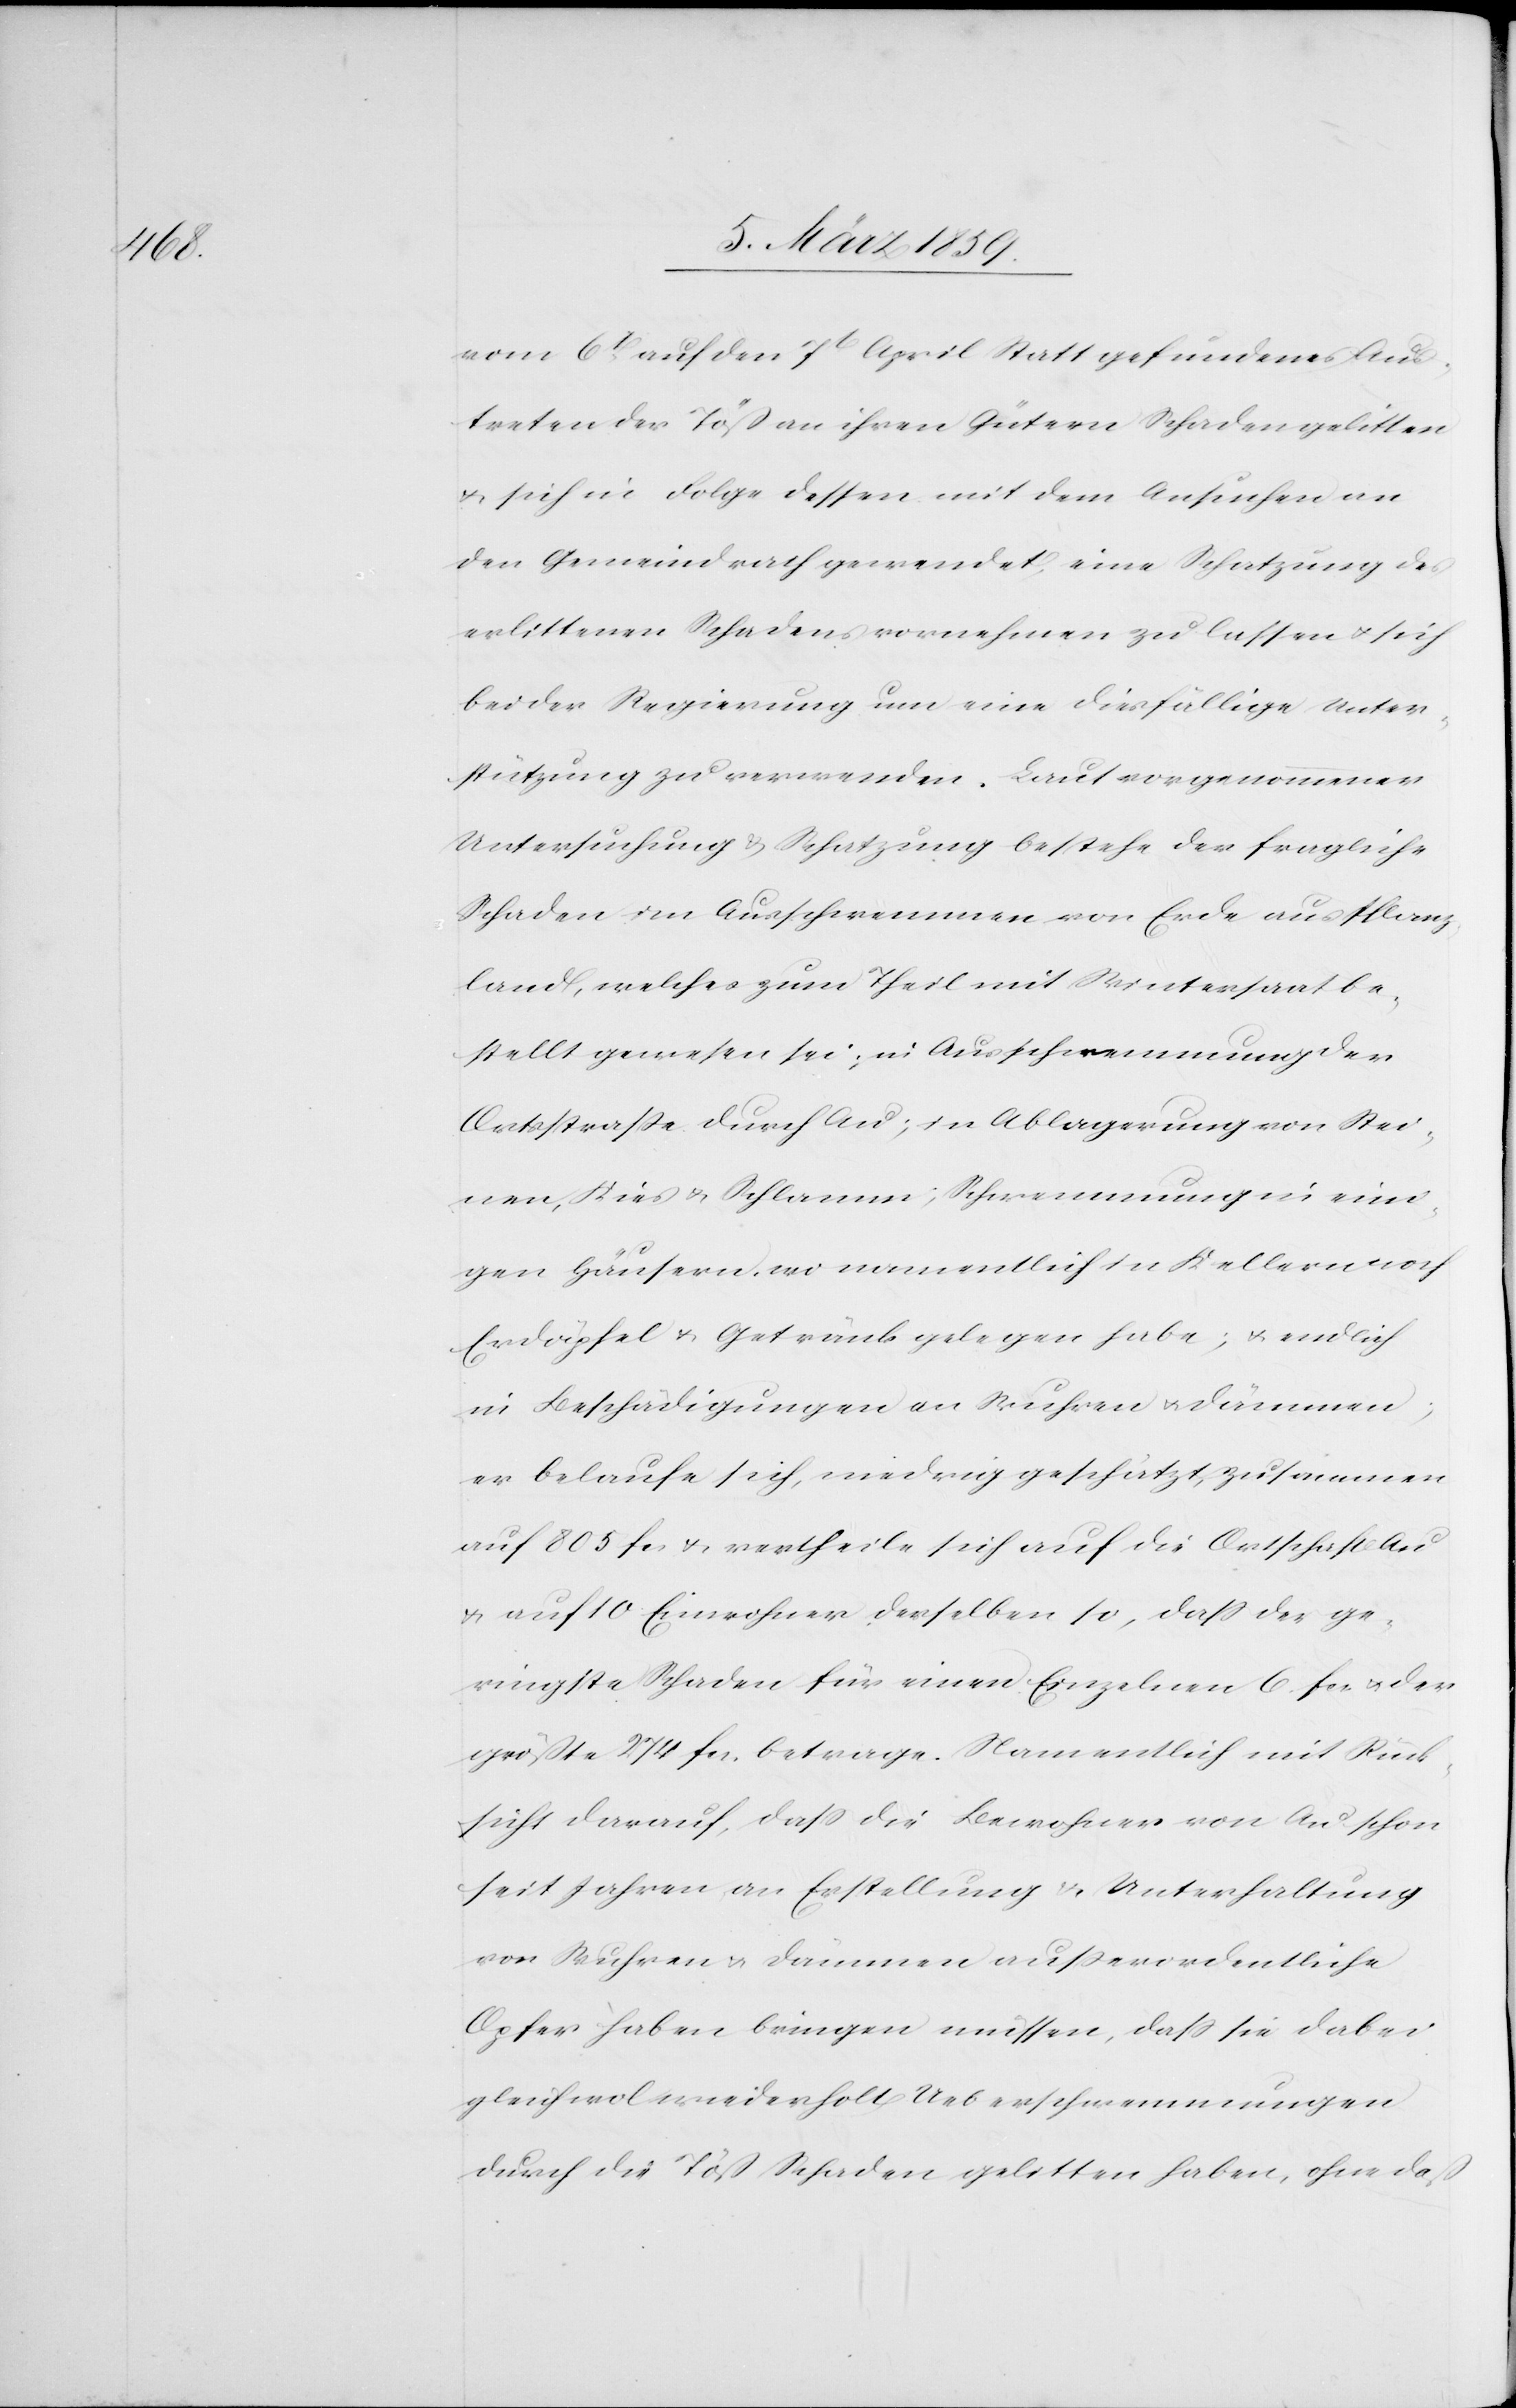
vom 6t. auf den 7t April Statt gefundenes Aus¬
treten der Töß an ihren Gütern Schaden gelitten
u. sich in Folge dessen mit dem Ansuchen an
den Gemeindrath gewendet, eine Schatzung des
erlittenen Schadens vornehmen zu lassen u. sich
bei der Regierung um eine diesfällige Unter¬
stützung zu verwenden. Laut vorgenommener
Untersuchung & Schatzung bestehe der fragliche
Schaden im Ausschwemmen von Erde aus Pflanz¬
land, welches zum Theil mit Wintersaat be¬
stellt gewesen sei; in Ausschwemmung der
Ortsstraße durch Au; in Ablagerung von Stei¬
nen, Kies u. Schlamm; Schwemmung in eini¬
gen Häusern, wo namentlich in Kellern noch
Erdäpfel u. Getränk gelegen habe; u. endlich
in Beschädigungen an Wuhren u. Dämmen;
er belaufe sich, niedrig geschätzt, zusammen
auf 805 fcs & vertheile sich auf die Ortschaft Au
u. auf 10 Einwohner derselben so, daß der ge¬
ringste Schaden für einen Einzelnen 6. fcs. u. der
größte 274 fcs. betrage. Namentlich mit Rück¬
sicht darauf, daß die Bewohner von Au schon
seit Jahren an Erstellung & Unterhaltung
von Wuhren u. Dämmen außerordentliche
Opfer haben bringen müssen, daß sie dabei
gleichwol wiederholt [bei]Ueberschwemmungen
durch die Töß Schaden gelitten haben, ohne daß